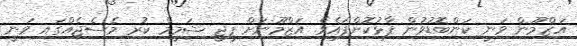
އަޒްމޫން ވަނީ ކަންބޮޑުވުން ފާޅުކޮށްފައެވެ. އަޒްމޫނަށް ޕީޖީ ޝަމީމް ކުރި މެސެޖެއްގައި ވަނީ